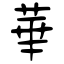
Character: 華